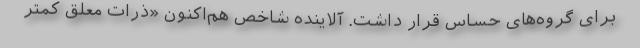
برای گروه‌های حساس قرار داشت. آلاینده شاخص هم‌اکنون «ذرات معلق کمتر